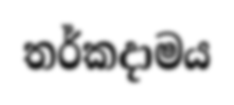
තර්කදාමය